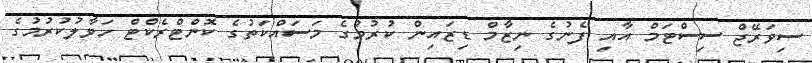
ސިވަރޭޖް ސިސްޓަމް އާއި ފެނުގެ ނިޒާމް ޑިޒައިން ކުރުމުގެ މަސައްކަތުގެ ކޮންޓްރެކްޓް ހަވާލުކުރުމުގެ